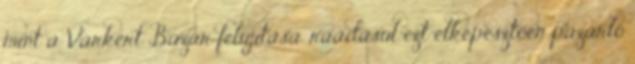
mint a Várkert Bazár felújítása, ráadásul ezt elképesztően pazarló